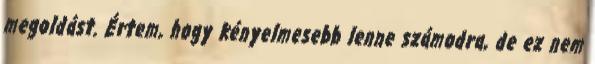
megoldást. Értem, hogy kényelmesebb lenne számodra, de ez nem